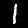
Label: 1